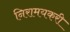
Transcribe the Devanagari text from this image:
निरामयकरी